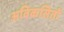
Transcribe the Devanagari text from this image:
अविकसितों